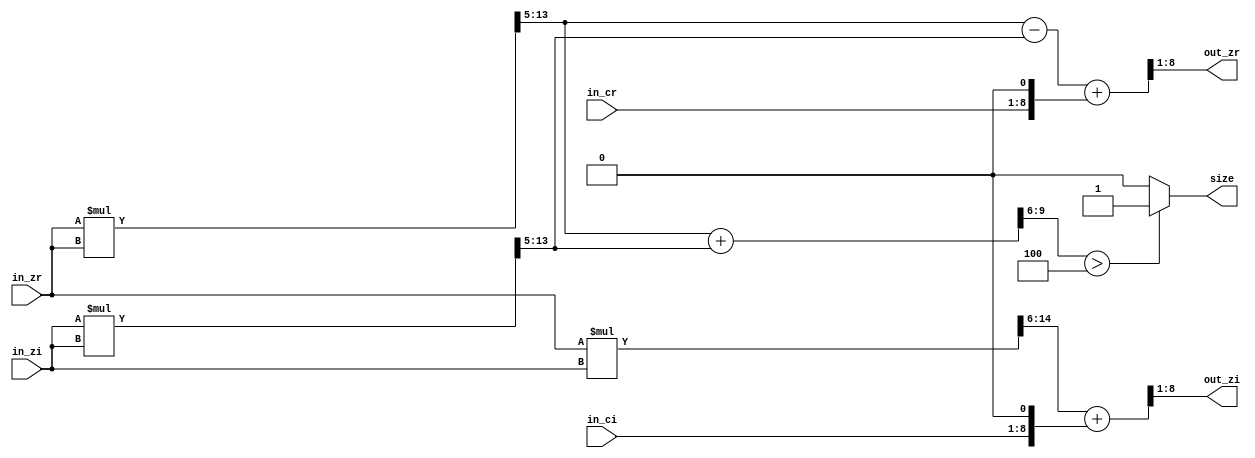
/* This is a simple component, that does one calculation step of the Mandelbrot.
 *
 * -----------------------------------------------------------------------------
 *
 * Copyright (C) 2024 Gerrit Grutzeck (g.grutzeck@gfg-development.de)
 *
 * Licensed under the Apache License, Version 2.0 (the "License");
 * you may not use this file except in compliance with the License.
 * You may obtain a copy of the License at
 * 
 * http://www.apache.org/licenses/LICENSE-2.0
 *
 * Unless required by applicable law or agreed to in writing, software
 * distributed under the License is distributed on an "AS IS" BASIS,
 * WITHOUT WARRANTIES OR CONDITIONS OF ANY KIND, either express or implied.
 * See the License for the specific language governing permissions and
 * limitations under the License.
 *
 * -----------------------------------------------------------------------------
 *
 * Create   : Jul 24, 2024
 * Revise   : Jul 24, 2024
 * Revision : 0.1
 *
 * -----------------------------------------------------------------------------
 */
 `default_nettype none

// assume that the input format is 2.(WIDHT-2)
// the results of the multiplication and additons have the format 3.(WIDTH-1)

module mandelbrot #( parameter WIDTH = 8) (
    input  wire signed [WIDTH - 1 : 0]     in_cr,
    input  wire signed [WIDTH - 1 : 0]     in_ci,
    input  wire signed [WIDTH - 1 : 0]     in_zr,
    input  wire signed [WIDTH - 1 : 0]     in_zi,
    output wire signed [WIDTH - 1 : 0]     out_zr,
    output wire signed [WIDTH - 1 : 0]     out_zi,
    output wire                            size
);
    wire signed [2 * WIDTH - 1 : 0] m1;
    wire signed [2 * WIDTH - 1 : 0] m2;
    wire signed [2 * WIDTH - 1 : 0] m3;

    wire signed [WIDTH + 1 : 0]     t_zr;
    wire signed [WIDTH + 1 : 0]     t_zi;

    wire        [WIDTH + 1 : 0]     t_sum;

    assign m1       = in_zr * in_zr;
    assign m2       = in_zi * in_zi;
    assign m3       = in_zr * in_zi;
    
    assign t_zr     = m1[2 * WIDTH - 3 : WIDTH - 3] - m2[2 * WIDTH - 3 : WIDTH - 3] + {{1{in_cr[WIDTH - 1]}}, in_cr, 1'b0};
    assign t_zi     = m3[2 * WIDTH - 2 : WIDTH - 2] + {{1{in_ci[WIDTH - 1]}}, in_ci,  1'b0};

    assign out_zr   = t_zr[WIDTH : 1];
    assign out_zi   = t_zi[WIDTH : 1];

    assign t_sum    = m1[2 * WIDTH - 3 : WIDTH - 3] + m2[2 * WIDTH - 3 : WIDTH - 3];
    assign size     = (t_sum[WIDTH + 1 : WIDTH - 2] > 4) ? 1'b1 : 1'b0;
endmodule